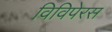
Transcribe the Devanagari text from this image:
विविपेरस